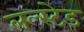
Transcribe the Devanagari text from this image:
लल्स्टेड